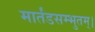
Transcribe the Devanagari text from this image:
मार्तंडसम्भुतम्।